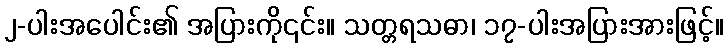
၂-ပါးအပေါင်း၏ အပြားကို၎င်း။ သတ္တရသဓာ၊ ၁၇-ပါးအပြားအားဖြင့်။